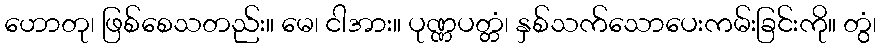
ဟောတု၊ ဖြစ်စေသတည်း။ မေ၊ ငါအား။ ပုဏ္ဏပတ္တံ၊ နှစ်သက်သောပေးကမ်းခြင်းကို။ တွံ၊